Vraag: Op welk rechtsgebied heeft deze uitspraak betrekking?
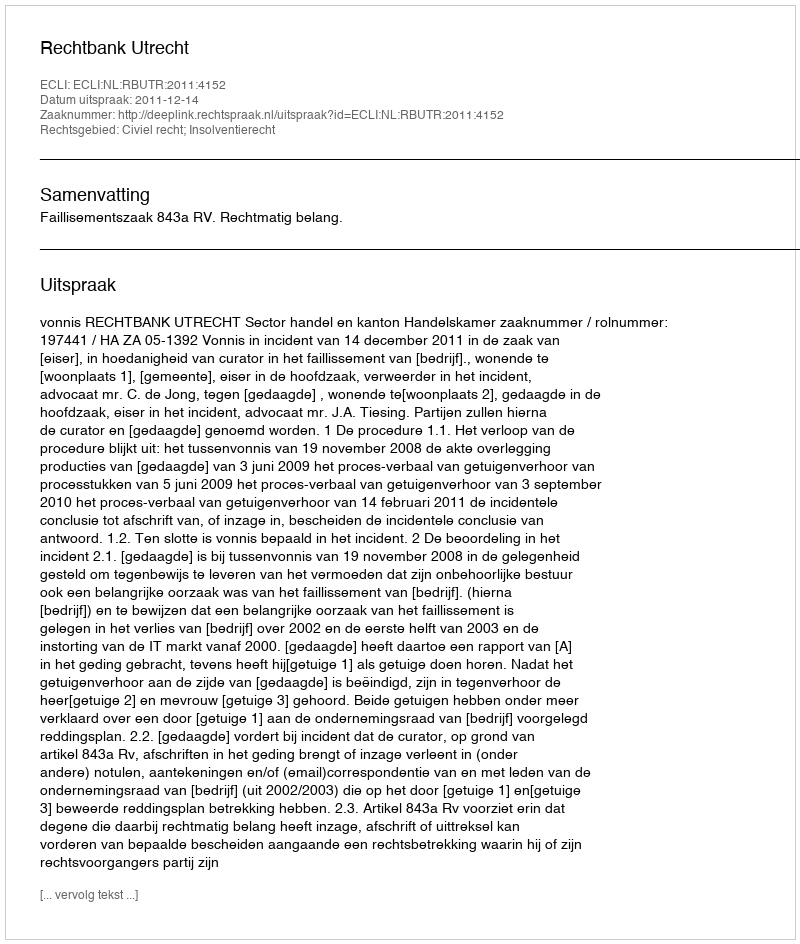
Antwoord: Civiel recht; Insolventierecht